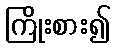
ကြိုးစား၍